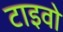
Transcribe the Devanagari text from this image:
टाइवो